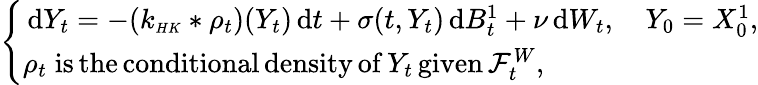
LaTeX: \begin{array}{r}{\left\{ \begin{array}{ll}{\, \mathrm{d}Y_{t}=-(k_{\scriptscriptstyle{HK}}*\rho_{t})(Y_{t})\, \mathrm{d}t+\sigma(t,Y_{t})\, \mathrm{d}B_{t}^{1}+\nu\, \mathrm{d}W_{t},\quad Y_{0}=X_{0}^{1},}\\ {\rho_{t}\; \mathrm{is\, the\, conditional\, density\, of}\, Y_{t}\, \mathrm{given}\, \mathcal{F}_{t}^{W},}\end{array}\right.}\end{array}